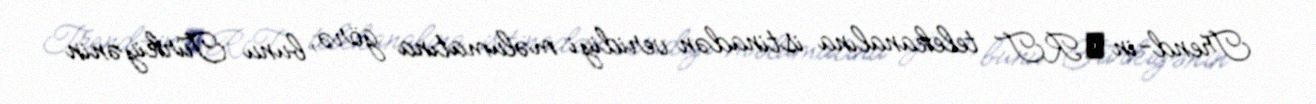
Trend-in ТRT telekanalına istinadən veridiyi məlumatına görə, bunu Türkiyənin